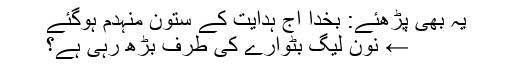
یہ بھی پڑھئے: بخدا آج ہدایت کے ستون منہدم ہوگئے
← نون لیگ بٹوارے کی طرف بڑھ رہی ہے؟